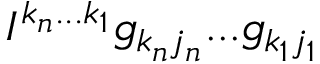
I ^ { k _ { n } . . . k _ { 1 } } g _ { k _ { n } j _ { n } } . . . g _ { k _ { 1 } j _ { 1 } }